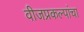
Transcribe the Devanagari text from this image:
वीजप्रकल्पांचा